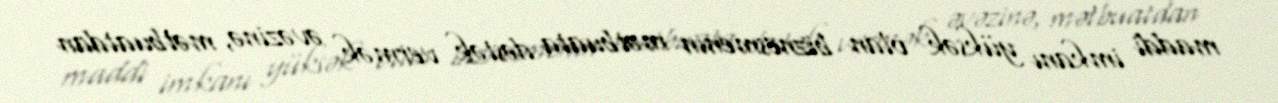
maddi imkanı yüksək olan biznesmenin mətbuata dəstək vermək əvəzinə, mətbuatdan